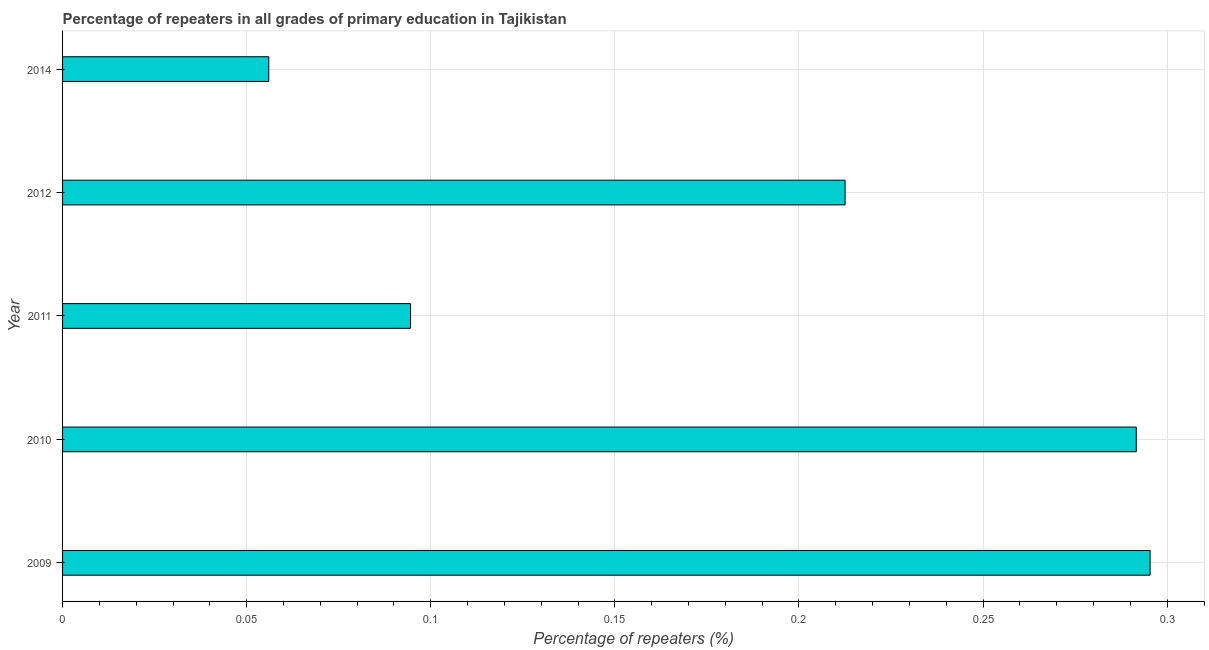
| Year | Repeaters in primary education |
 | --- | --- |
 | 2009 | 0.295 |
 | 2010 | 0.292 |
 | 2011 | 0.0945 |
 | 2012 | 0.213 |
 | 2014 | 0.056 |